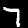
Label: 7